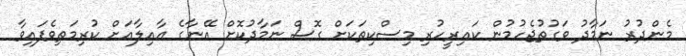
މެންދުރު ނަމާދު ވަގުތުޖެހުމުން ކައިރީހުރި މިސްކިތަކަށް ގޮސް ނަމާދުކޮށް އޭނާގެ ޢާއިލާއަށް ކުރިމަތިވެފައިވާ